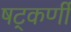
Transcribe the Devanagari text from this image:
षट्‌कर्णीं